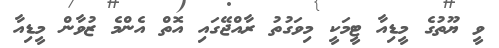
ވީ ޔޫތުގެ މީޑިއާ ޓީމަކީ މިވަގުތު ރާއްޖޭގައި އޮތް އެންމެ ޒުވާން މީޑިއާ